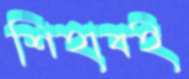
শিহাবই